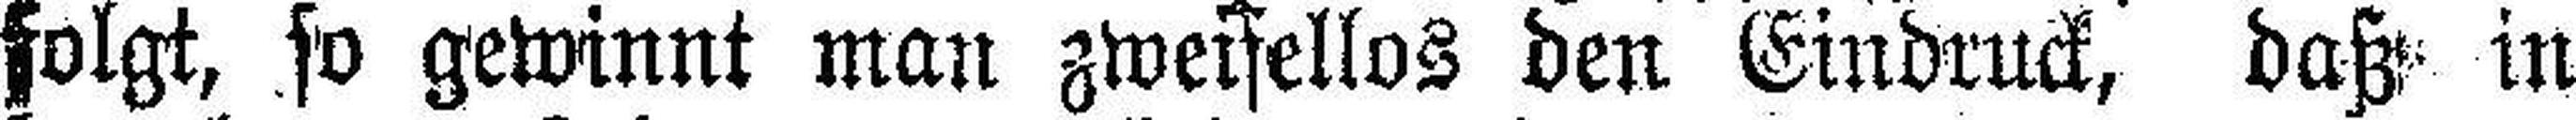
folgt, so gewinnt man zweifellos den Eindruck, daß in